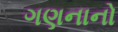
ગણનાનો